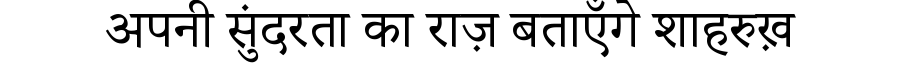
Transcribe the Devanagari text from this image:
अपनी सुंदरता का राज़ बताएँगे शाहरुख़